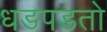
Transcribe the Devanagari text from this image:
धडपडतो